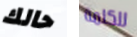
حالك للكلمة